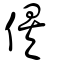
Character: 俟